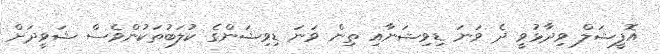
އޮފީޝަލް ވިދާޅުވީ ދެ ވަނަ ޑިވިޝަނާއި ތިން ވަނަ ޑިވިޝަންގެ ކުލަބުތަކުންވެސް ޝަވީދަށް